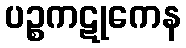
ပဉ္စကဋုကေန